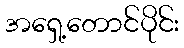
အရှေ့တောင်ပိုင်း